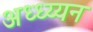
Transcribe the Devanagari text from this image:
अध्ध्य्यन